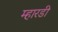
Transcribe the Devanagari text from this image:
म्हारडी